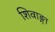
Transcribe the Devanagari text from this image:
शिवाङ्गा